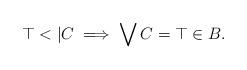
LaTeX: \begin{align*}\top <| C \implies \bigvee C = \top \in B.\end{align*}